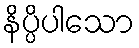
နိပ္ပိပါသော